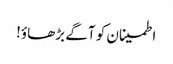
اطمینان کو آگے بڑھاؤ!